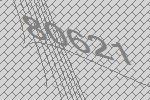
80621